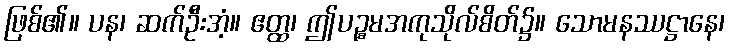
ဖြစ်၏။ ပန၊ ဆက်ဦးအံ့။ ဧတ္ထ၊ ဤပဉ္စမအကုသိုလ်စိတ်၌။ သောမနဿဋ္ဌာနေ၊